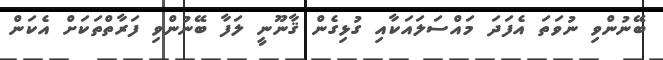
ބޭނުންވި ނުވަތަ އެފަދަ މައްސަލައަކާއި ގުޅިގެން ޤާނޫނީ ލަފާ ބޭނުންވި ފަރާތްތަކަށް އެކަން